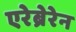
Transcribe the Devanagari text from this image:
एरेब्रेरेन